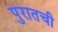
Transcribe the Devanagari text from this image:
पुरातची